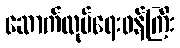
ဆောက်လုပ်ရေးဝန်ကြီး